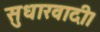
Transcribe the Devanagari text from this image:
सुधारवादी।